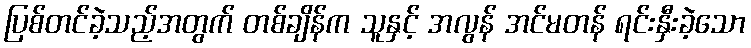
ပြစ်တင်ခဲ့သည့်အတွက် တစ်ချိန်က သူနှင့် အလွန် အင်မတန် ရင်းနှီးခဲ့သော